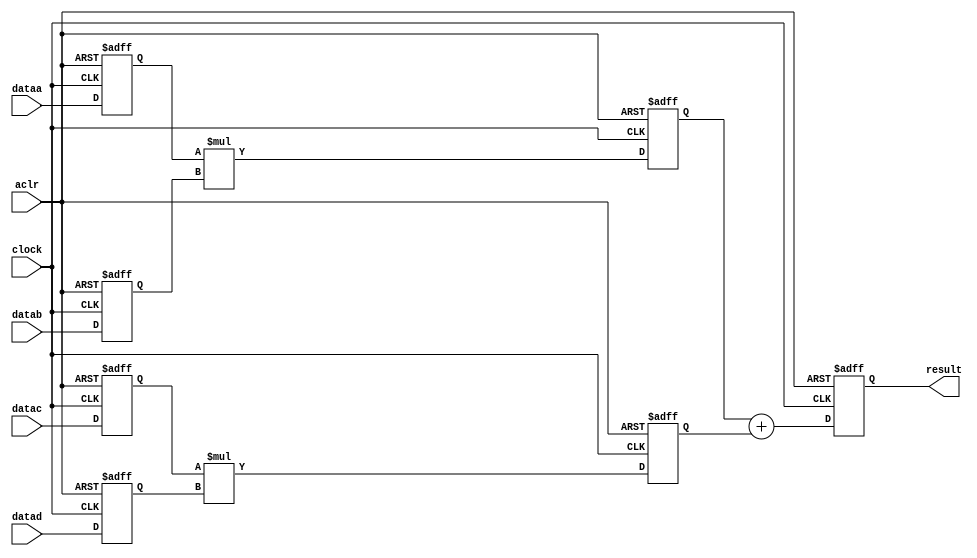
// Quartus II Verilog Template
// Sum of two multipliers with pipeline registers

module sum_of_two_multipliers_pipeline
#(parameter WIDTH=16)
(
	input clock, aclr,
	input [WIDTH-1:0] dataa, datab, datac, datad,
	output reg [2*WIDTH:0] result
);

	reg [WIDTH-1:0] dataa_reg, datab_reg, datac_reg, datad_reg;
	reg [2*WIDTH-1:0] mult0_result, mult1_result;

	always @ (posedge clock or posedge aclr) begin
    	if (aclr) begin
        	dataa_reg <= {(WIDTH){1'b0}};
			datab_reg <= {(WIDTH){1'b0}};
    	    datac_reg <= {(WIDTH){1'b0}};
        	datad_reg <= {(WIDTH){1'b0}};
			mult0_result <= {(2*WIDTH){1'b0}};
    	    mult1_result <= {(2*WIDTH){1'b0}};
        	result <= {(2*WIDTH+1){1'b0}};
		end
    	else begin
        	dataa_reg <= dataa;
			datab_reg <= datab;
    	    datac_reg <= datac;
        	datad_reg <= datad;
			mult0_result <= dataa_reg * datab_reg;
    	    mult1_result <= datac_reg * datad_reg;
        	result <= mult0_result + mult1_result;
		end
	end
endmodule